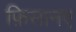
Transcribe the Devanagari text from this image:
फ़िसानए